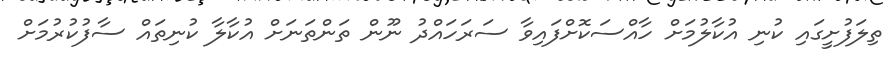
ތިލަފުށީގައި ކުނި އުކާލުމަށް ހާއްސަކޮށްފައިވާ ސަރަހައްދު ނޫން ތަންތަނަށް އުކާލާ ކުނިތައް ސާފުކުރުމަށް